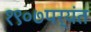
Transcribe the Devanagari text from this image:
१९०७पर्यंत